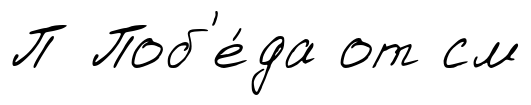
П Поб'е́да от см